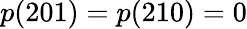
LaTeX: p(201)=p(210)=0